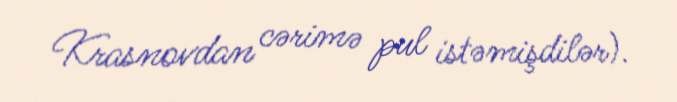
Krasnovdan cərimə pul istəmişdilər).